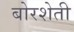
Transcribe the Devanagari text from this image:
बोरशेती